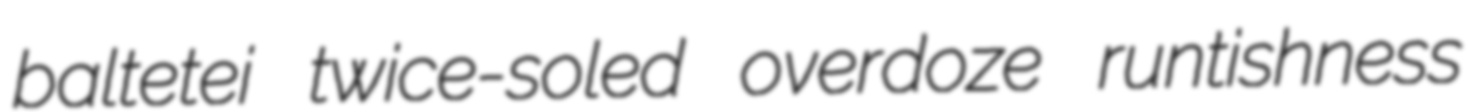
baltetei twice-soled overdoze runtishness